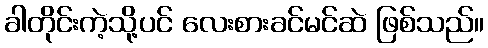
ခါတိုင်းကဲ့သို့ပင် လေးစားခင်မင်ဆဲ ဖြစ်သည်။